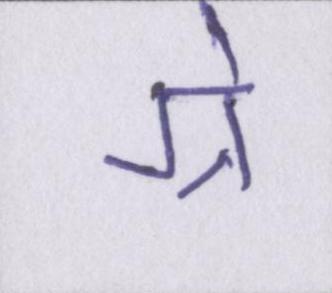
ग्रे